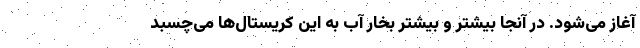
آغاز می‌شود. در آنجا بیشتر و بیشتر بخار آب به این کریستال‌ها می‌چسبد